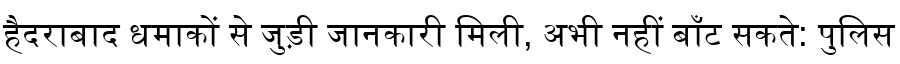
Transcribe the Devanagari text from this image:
हैदराबाद धमाकों से जुड़ी जानकारी मिली, अभी नहीं बाँट सकते: पुलिस